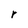
Character: r